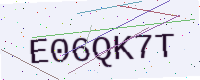
Text: E06QK7T